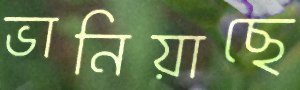
ভানিয়াছে